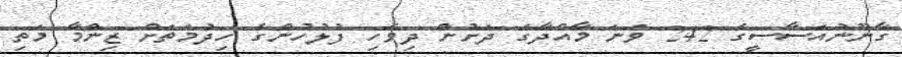
ގާނޫނުއަސާސީގެ 242 ވަނަ މާއްދާގެ ދަށުން ދިވެހި ފުލުހުންގެ ހިދުމަތަށް ޒިންމާ މަތި